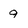
Character: 9